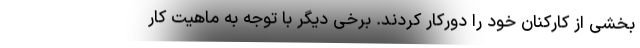
بخشی از کارکنان خود را دورکار کردند. برخی دیگر با توجه به ماهیت کار